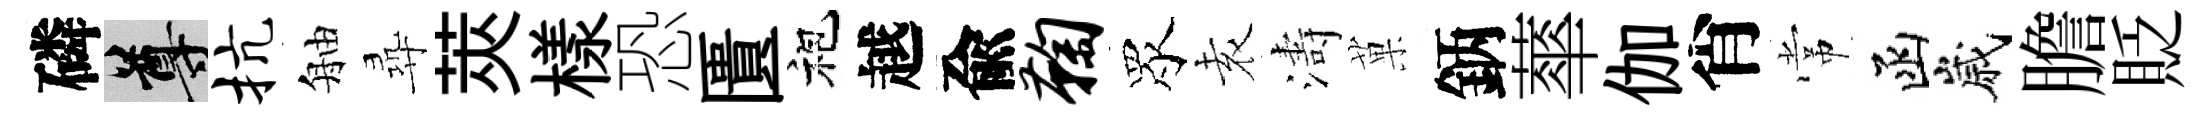
磷尊抗舳尋莢樣恐匱袍越兪鞠眾𡊮濤菓鈵蕐伽肖常函嵗膽貶